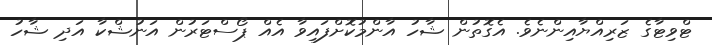
ޓްވިޓާގެ ޒަރިއްޔާއިންނެވެ. އެގޮތުން ޝާހު އާންމުކޮށްފައިވާ އެއް ޕޯސްޓަރުން އަނުޝްކާ އަދި ޝާހު